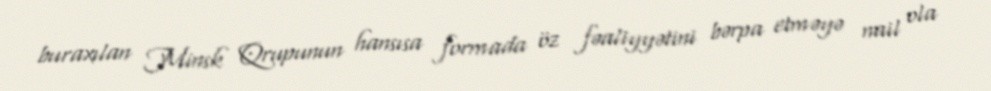
buraxılan Minsk Qrupunun hansısa formada öz fəaliyyətini bərpa etməyə nail ola